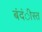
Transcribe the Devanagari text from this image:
बंदंीस्त